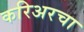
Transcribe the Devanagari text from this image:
करिअरचा